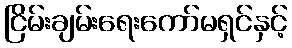
ငြိမ်းချမ်းရေးကော်မရှင်နှင့်